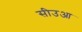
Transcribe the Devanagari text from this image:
सीउआ